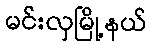
မင်းလှမြို့နယ်